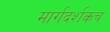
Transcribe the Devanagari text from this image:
मार्गदर्शकच